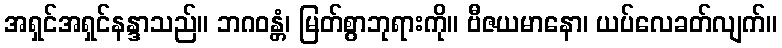
အရှင်အရှင်နန္ဒာသည်။ ဘဂဝန္တံ၊ မြတ်စွာဘုရားကို။ ဗီဇယမာနော၊ ယပ်လေခတ်လျက်။